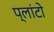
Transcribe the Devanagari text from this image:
प्‍लांटो